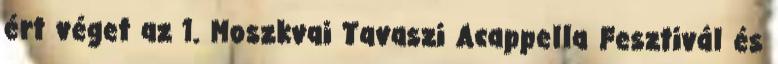
ért véget az 1. Moszkvai Tavaszi Acappella Fesztivál és